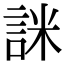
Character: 詸